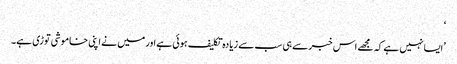
‘
’ایسا نہیں ہے کہ مجھے اس خبر سے ہی سب سے زیادہ تکلیف ہوئی ہے اور میں نے اپنی خاموشی توڑی ہے۔